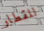
للقطار